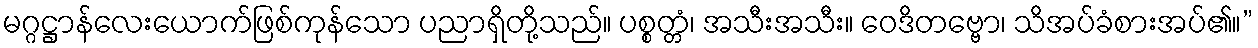
မဂ္ဂဋ္ဌာန်လေးယောက်ဖြစ်ကုန်သော ပညာရှိတို့သည်။ ပစ္စတ္တံ၊ အသီးအသီး။ ဝေဒိတဗ္ဗော၊ သိအပ်ခံစားအပ်၏။”